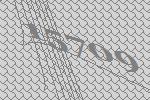
15709